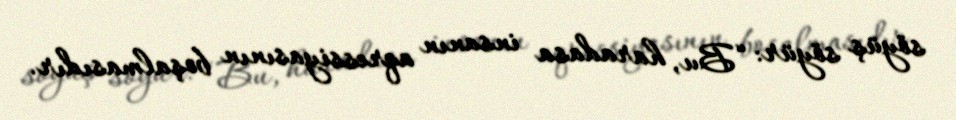
söyüş söyür: “Bu, haradasa insanın aqressiyasının boşalmasıdır.